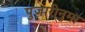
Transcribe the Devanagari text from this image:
पुजारीनुमा